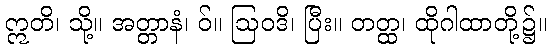
ဣတိ၊ သို့။ အတ္တာနံ၊ ဝ်။ ဩဝဒိ၊ ပြီး။ တတ္ထ၊ ထိုဂါထာတို့၌။